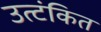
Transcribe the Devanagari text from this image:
उत्टंकित